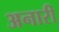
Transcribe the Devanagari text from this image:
अनारी